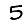
Digit: 5